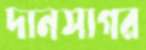
দানসাগর